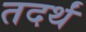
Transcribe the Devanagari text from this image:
तदर्थं